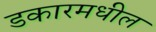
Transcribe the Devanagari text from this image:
डकारमधील